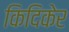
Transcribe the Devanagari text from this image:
किदिकेर